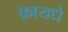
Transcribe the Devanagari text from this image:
फ़ायधे